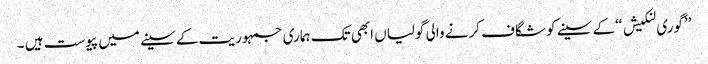
’’گوری لنکیش ‘‘کے سینے کو شگاف کرنے والی گولیاں ابھی تک ہماری جمہوریت کے سینے میں پیوست ہیں ۔